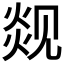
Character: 𬊦